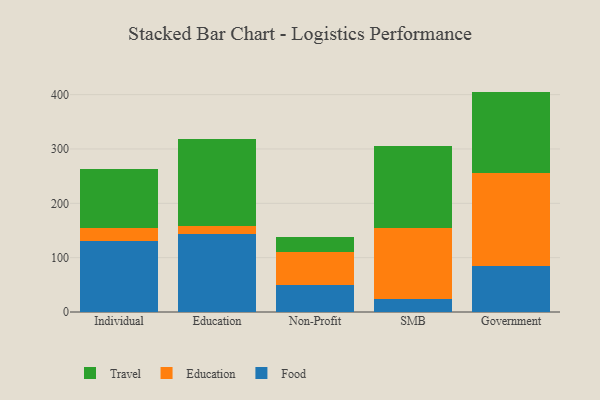
{"axis": {"x": "Segment", "y": "Net Income (USD K)"}, "legend": ["Education", "Food", "Travel"], "data": [{"x": "Individual", "y": 130.2, "type": "Food"}, {"x": "Individual", "y": 24.2, "type": "Education"}, {"x": "Individual", "y": 109.0, "type": "Travel"}, {"x": "Education", "y": 143.6, "type": "Food"}, {"x": "Education", "y": 14.3, "type": "Education"}, {"x": "Education", "y": 161.2, "type": "Travel"}, {"x": "Non-Profit", "y": 50.2, "type": "Food"}, {"x": "Non-Profit", "y": 61.1, "type": "Education"}, {"x": "Non-Profit", "y": 26.8, "type": "Travel"}, {"x": "SMB", "y": 24.7, "type": "Food"}, {"x": "SMB", "y": 129.1, "type": "Education"}, {"x": "SMB", "y": 151.5, "type": "Travel"}, {"x": "Government", "y": 85.2, "type": "Food"}, {"x": "Government", "y": 170.3, "type": "Education"}, {"x": "Government", "y": 150.1, "type": "Travel"}]}